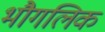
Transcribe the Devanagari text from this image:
भौगलिक